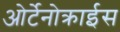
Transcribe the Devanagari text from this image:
ओर्टेनोक्राईस